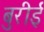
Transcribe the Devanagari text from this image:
बुरीई